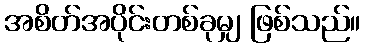
အစိတ်အပိုင်းတစ်ခုမျှ ဖြစ်သည်။